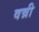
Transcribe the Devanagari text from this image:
वन्नी